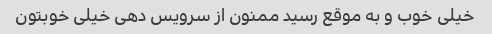
خیلی خوب و به موقع رسید ممنون از سرویس دهی خیلی خوبتون